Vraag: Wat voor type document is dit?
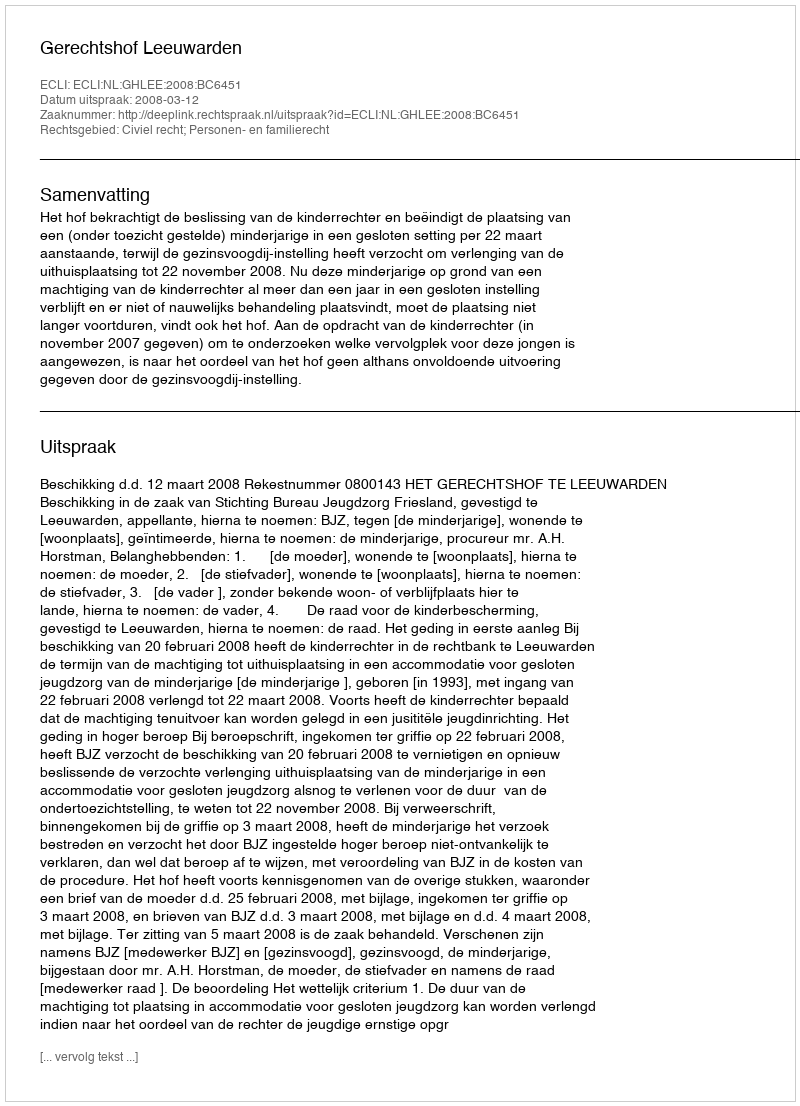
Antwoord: Uitspraak